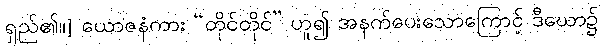
ရှည်၏။] ယောဇနံကား “တိုင်တိုင်” ဟူ၍ အနက်ပေးသောကြောင့် ဒီဃော၌